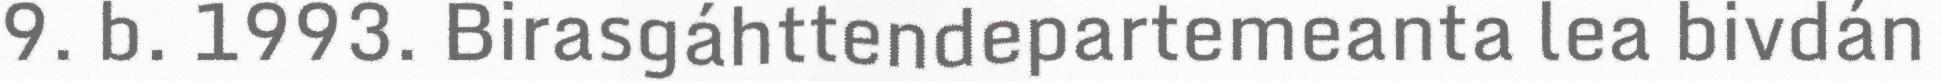
9. b. 1993. Birasgáhttendepartemeanta lea bivdán